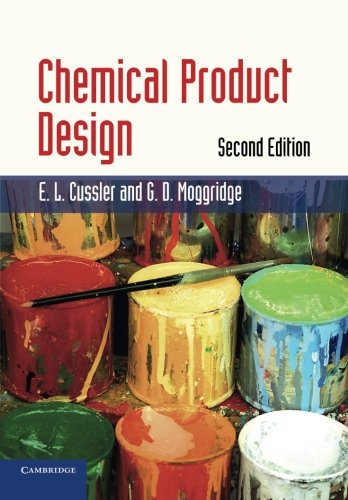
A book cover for Chemical Product Design (Cambridge Series in Chemical Engineering); E. L. Cussler; Engineering & Transportation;